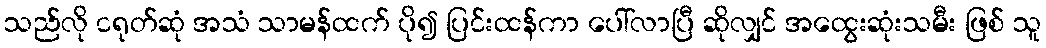
သည်လို ငရုတ်ဆုံ အသံ သာမန်ထက် ပို၍ ပြင်းထန်ကာ ပေါ်လာပြီ ဆိုလျှင် အထွေးဆုံးသမီး ဖြစ် သူ